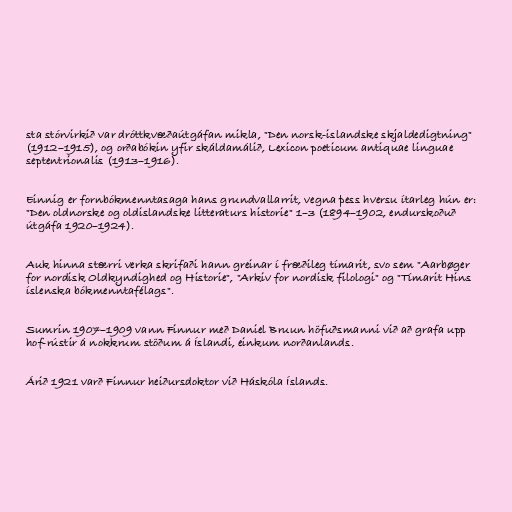
sta stórvirkið var dróttkvæðaútgáfan mikla, "Den norsk-islandske skjaldedigtning"
(1912–1915), og orðabókin yfir skáldamálið, Lexicon poeticum antiquae linguae
septentrionalis (1913–1916).

Einnig er fornbókmenntasaga hans grundvallarrit, vegna þess hversu ítarleg hún er:
"Den oldnorske og oldislandske litteraturs historie" 1–3 (1894–1902, endurskoðuð
útgáfa 1920–1924).

Auk hinna stærri verka skrifaði hann greinar í fræðileg tímarit, svo sem "Aarbøger
for nordisk Oldkyndighed og Historie", "Arkiv for nordisk filologi" og "Tímarit Hins
íslenska bókmenntafélags".

Sumrin 1907–1909 vann Finnur með Daniel Bruun höfuðsmanni við að grafa upp
hof-rústir á nokkrum stöðum á Íslandi, einkum norðanlands.

Árið 1921 varð Finnur heiðursdoktor við Háskóla Íslands.